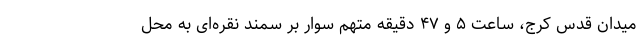
میدان قدس کرج، ساعت ۵ و ۴۷ دقیقه متهم سوار بر سمند نقره‌ای به محل